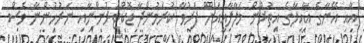
އާއި އޭނާގެ އާއިލާގެ އިތުރުން މަލާލާއީއަށް ފަރުވާ ކުރަމުންދާ ޑޮކްޓަރުންނާއި ނަރުހުންނާ ވެސް